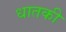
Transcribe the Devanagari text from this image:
धातकी